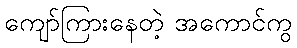
ကျော်ကြားနေတဲ့ အကောင်ကွ